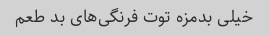
خیلی بدمزه توت فرنگی‌های بد طعم